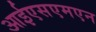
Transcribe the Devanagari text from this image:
आईएसएमएन